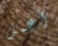
أعمل